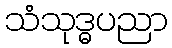
သံသုဒ္ဓပညာ